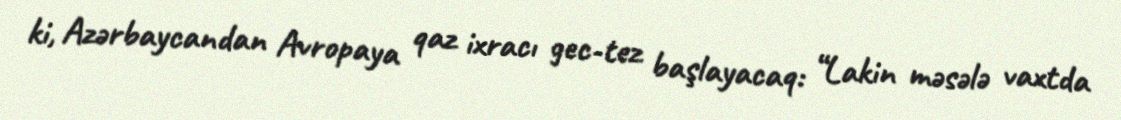
ki, Azərbaycandan Avropaya qaz ixracı gec-tez başlayacaq: “Lakin məsələ vaxtda